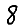
Digit: 8